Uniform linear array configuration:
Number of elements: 64
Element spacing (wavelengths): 0.25
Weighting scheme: blackman
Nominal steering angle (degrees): -15
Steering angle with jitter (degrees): -14.827
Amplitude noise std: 0.05
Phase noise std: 0.05

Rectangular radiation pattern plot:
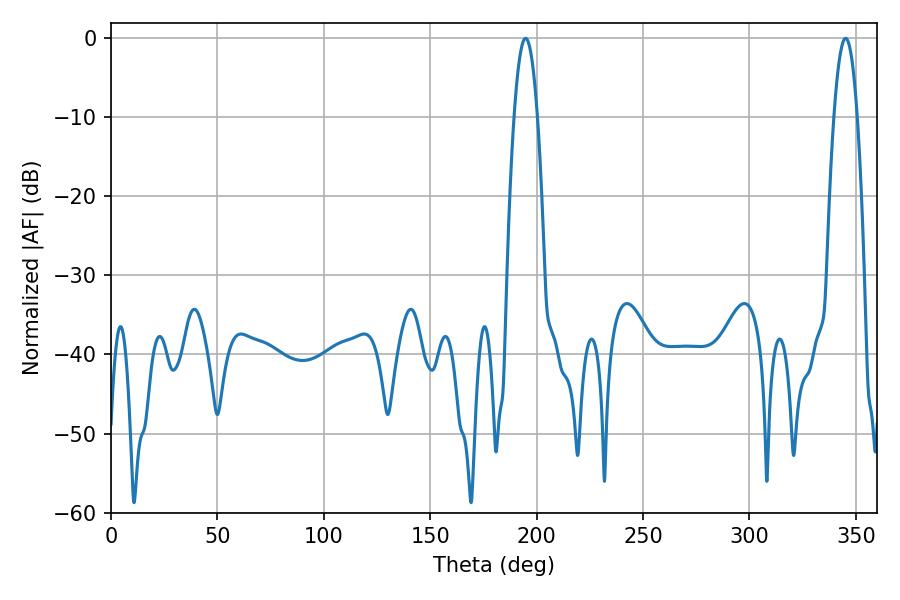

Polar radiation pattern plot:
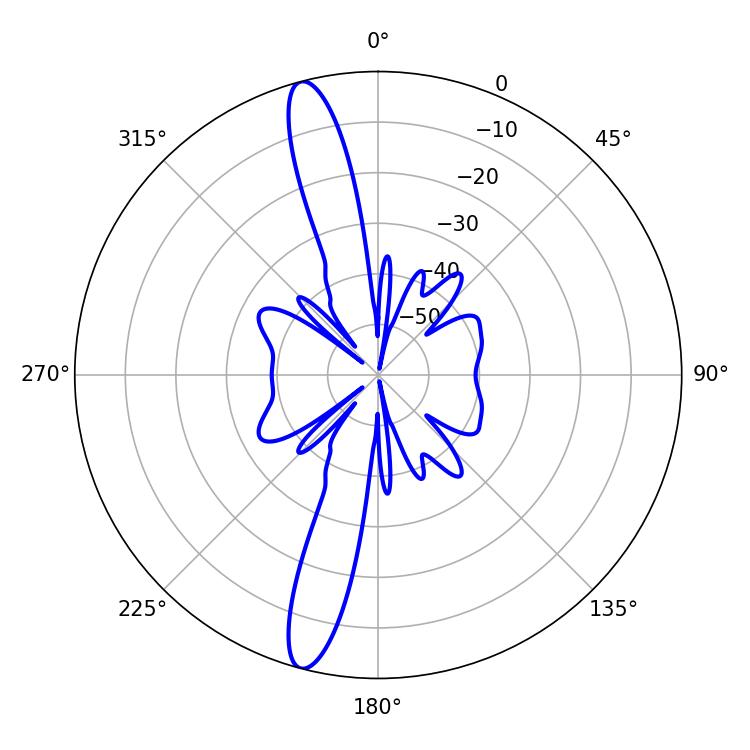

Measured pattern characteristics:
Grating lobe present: FALSE
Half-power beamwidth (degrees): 5.94
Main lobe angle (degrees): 194.76